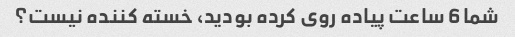
شما 6 ساعت پیاده روی کرده بودید، خسته کننده نیست؟